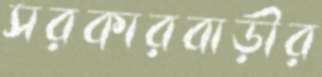
সরকারবাড়ীর